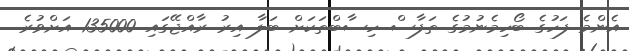
އެންމެ ފަހުގެ ބޯހިމެނުމުގެ ތަފާސް ހިސާބްތަކަށް ބަލާ އިރު ރާއްޖޭގައި 135000 އަށްވުރެ